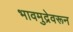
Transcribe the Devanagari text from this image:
भावमुद्रेवरून